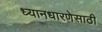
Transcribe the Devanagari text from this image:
ध्यानधारणेसाठी